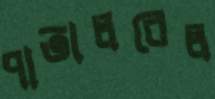
পাতালরেল